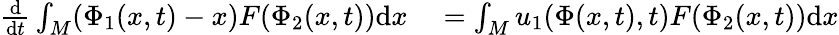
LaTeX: \begin{array}{rl}{\frac{\mathrm{d}}{\mathrm{d}t}\int_{M}(\Phi_{1}(x,t)-x)F(\Phi_{2}(x,t))\mathrm{d}x}&{{}=\int_{M}u_{1}(\Phi(x,t),t)F(\Phi_{2}(x,t))\mathrm{d}x}\end{array}